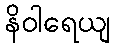
နိဝါရေယျ